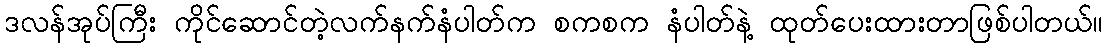
ဒလန်အုပ်ကြီး ကိုင်ဆောင်တဲ့လက်နက်နံပါတ်က စကစက နံပါတ်နဲ့ ထုတ်ပေးထားတာဖြစ်ပါတယ်။